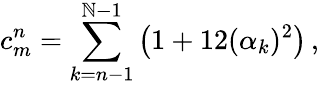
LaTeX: c_{m}^{n}=\sum_{k=n-1}^{\mathbb{N}-1}\big(1+12(\alpha_{k})^{2}\big)\, ,